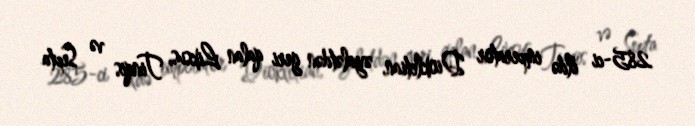
285-ci ildə imperator Diokletian, əyalətdən geri qalan Liksus, Tinqis və Septa